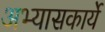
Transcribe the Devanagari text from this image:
अभ्यासकार्ये